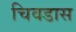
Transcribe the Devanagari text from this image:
चिवडास